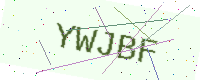
Text: YWJBF